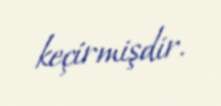
keçirmişdir.